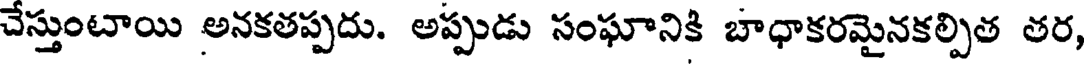
చేస్తుంటాయి అనకతప్పదు. అప్పుడు సంఘానికి బాధాకరమైనకల్పిత తర,